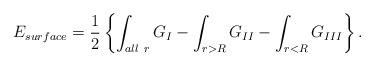
LaTeX: \begin{align*}E_{surface} = {1\over2} \left\{ \int_{ \small all\ r} G_I - \int_{r>R} G_{II} - \int_{r<R} G_{III} \right\}.\end{align*}